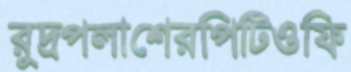
রুদ্রপলাশেরপিটিওফি